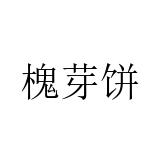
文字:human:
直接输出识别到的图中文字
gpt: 槐芽饼